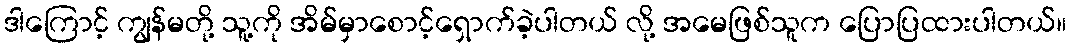
ဒါကြောင့် ကျွန်မတို့ သူ့ကို အိမ်မှာစောင့်ရှောက်ခဲ့ပါတယ် လို့ အမေဖြစ်သူက ပြောပြထားပါတယ်။